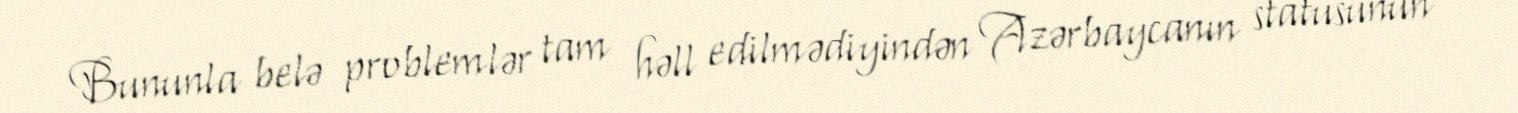
Bununla belə problemlər tam həll edilmədiyindən Azərbaycanın statusunun